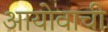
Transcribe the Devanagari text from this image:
आयोवाची